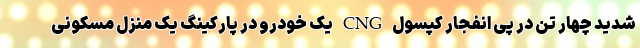
شدید چهار تن در پی انفجار کپسول CNG یک خودرو در پارکینگ یک منزل مسکونی